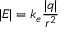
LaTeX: | { \boldsymbol { E } } | = { k _ { e } } { \frac { | q | } { r ^ { 2 } } }